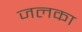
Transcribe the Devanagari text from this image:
जलका